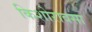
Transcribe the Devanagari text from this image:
किशोरावसा